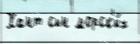
Хант сын морск'и́х